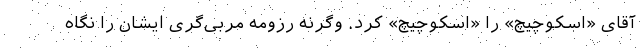
آقای «اسکوچیچ» را «اسکوچیچ» کرد. وگرنه رزومه مربی‌گری ایشان را نگاه